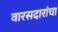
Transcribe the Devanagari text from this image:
वारसदारांचा